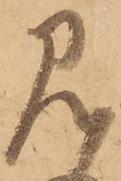
見